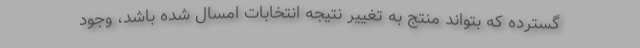
گسترده که بتواند منتج به تغییر نتیجه انتخابات امسال شده باشد، وجود